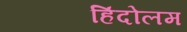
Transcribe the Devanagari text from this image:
हिंदोलम